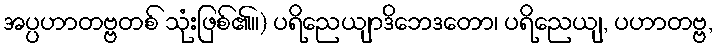
အပ္ပဟာတဗ္ဗတစ် သုံးဖြစ်၏။) ပရိညေယျာဒိဘေဒတော၊ ပရိညေယျ, ပဟာတဗ္ဗ,